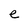
Character: e